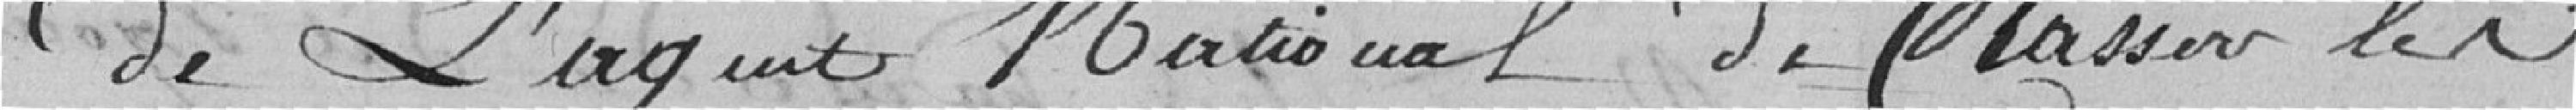
de l'agent National de classer les